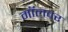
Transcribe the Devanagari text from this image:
मॉलवर